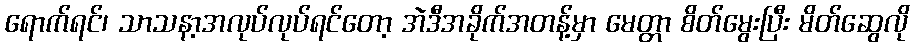
ရောက်ရင်၊ သာသနာ့အလုပ်လုပ်ရင်တော့ အဲဒီအခိုက်အတန့်မှာ မေတ္တာ စိတ်မွေးပြီး မိတ်ဆွေလို